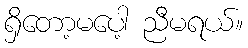
ရှိတော့မပေါ့ ညီမရယ်။